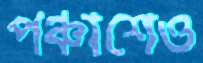
পঞ্চাশেও